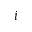
i